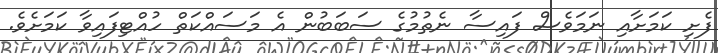
ފެށި ކަމަށާއި ނަމަވެސް ފައިސާ ނެތުމުގެ ސަބަބުން އެ މަސައްކަތް ހުއްޓިފައިވާ ކަމަށެވެ.